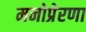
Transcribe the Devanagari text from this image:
मनोप्रेरणा